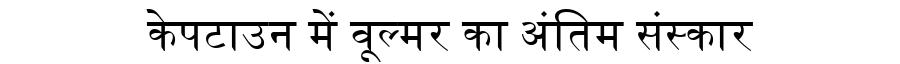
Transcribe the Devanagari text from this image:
केपटाउन में वूल्मर का अंतिम संस्कार